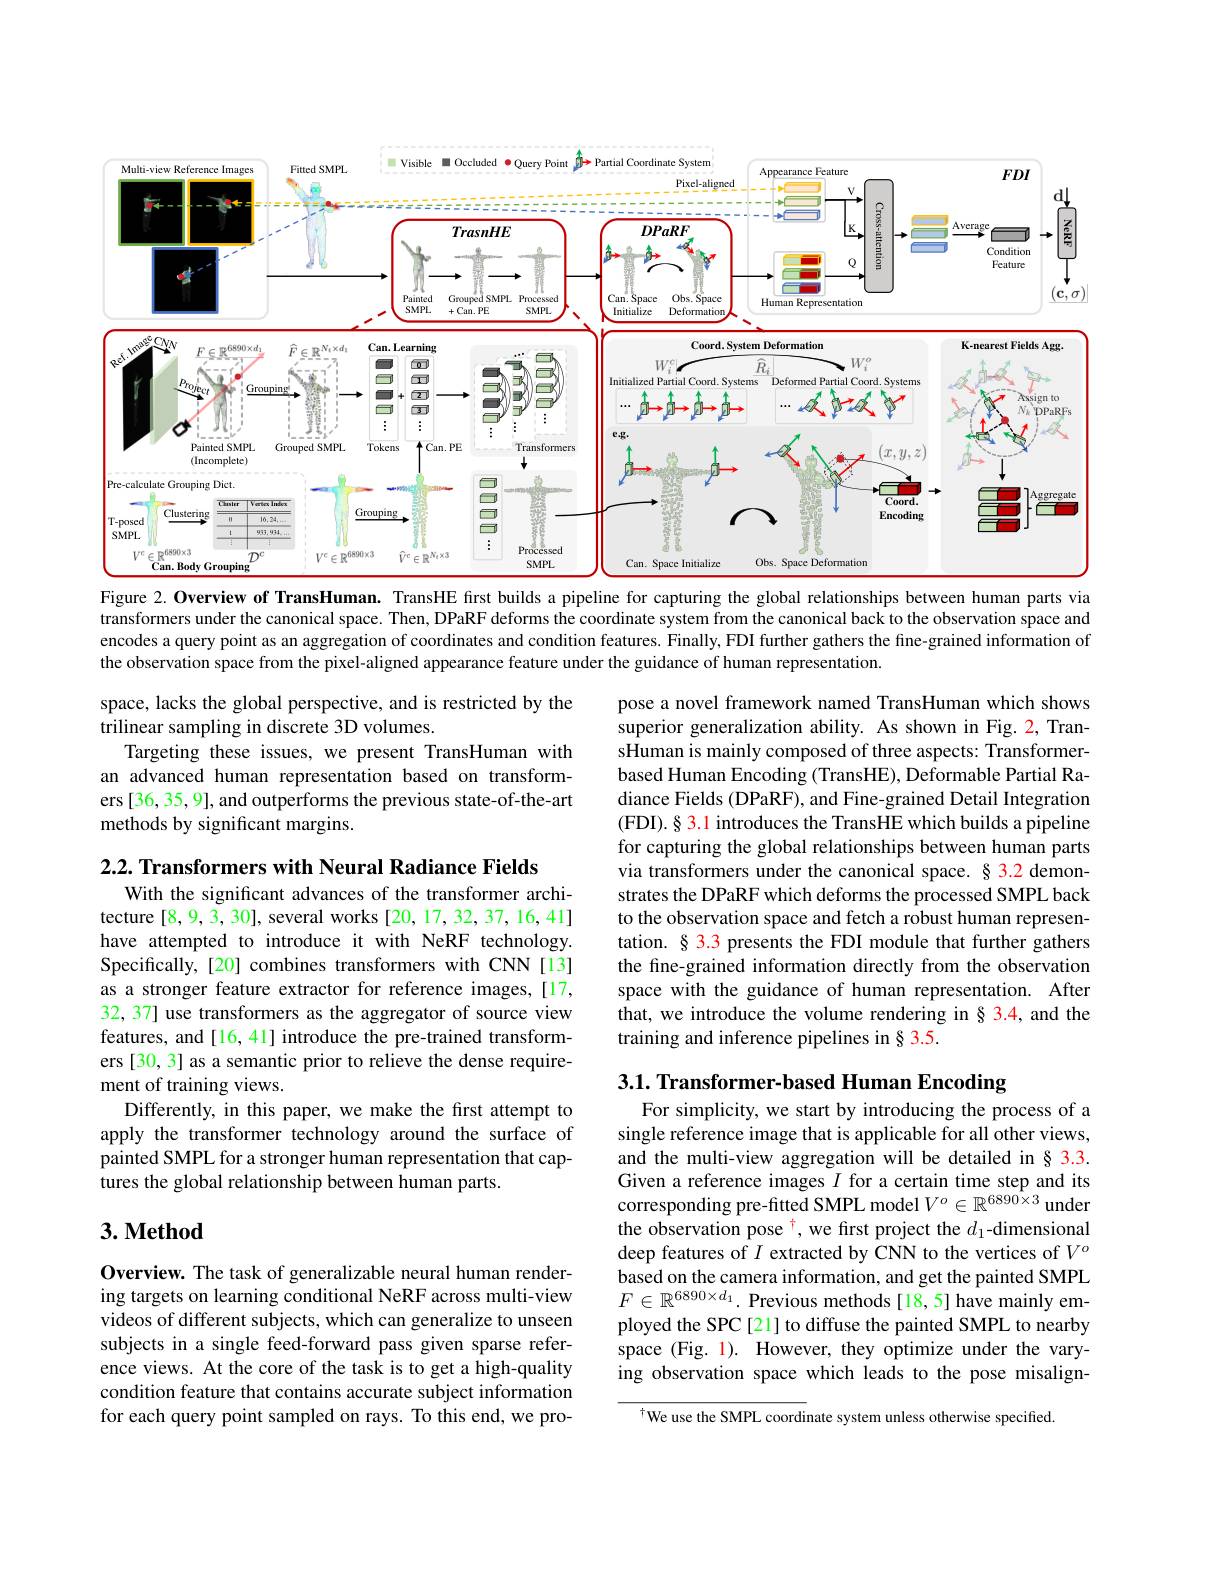
<FigureHere>
Figure 2. Overview of TransHuman. TransHE first builds a pipeline for capturing the global relationships between human parts via

transformers under the canonical space. Then, DPaRF deforms the coordinate system from the canonical back to the observation space and encodes a query point as an aggregation of coordinates and condition features. Finally, FDI further gathers the fine-grained information of the observation space from the pixel-aligned appearance feature under the guidance of human representation

space, lacks the global perspective, and is restricted by the
trilinear sampling in discrete 3D volumes.
Targeting these issues, we present TransHuman with an advanced human representation based on transformers [36, 35, 9], and outperforms the previous state-of-the-art methods by significant margins.

pose a novel framework named TransHuman which shows superior generalization ability. As shown in Fig. 2, TransHuman is mainly composed of three aspects: Transformerbased Human Encoding (TransHE), Deformable Partial Radiance Fields (DPaRF), and Fine-grained Detail Integration (FDI) . § 3. 1 introduces the TransHE which builds a pipeline for capturing the global relationships between human parts via transformers under the canonical space. § 3.2 demonstrates the DPaRF which deforms the processed SMPL back to the observation space and fetch a robust human representation. § 3.3 presents the FDI module that further gathers the fine-grained information directly from the observation space with the guidance of human representation. After that, we introduce the volume rendering in § 3.4, and the training and inference pipelines in § 3.5.

$2. 2. \textbf{ Transformers with Neural Radiance Fields}$
With the significant advances of the transformer architecture [8,9,3,30],several works [20,17,32,37,16,41] have attempted to introduce it with NeRF technology. Specifically, [20] combines transformers with CNN[13] as a stronger feature extractor for reference images,[17, 32, 37] use transformers as the aggregator of source view features, and[16,41] introduce the pre-trained transformers [30, 3] as a semantic prior to relieve the dense requirement of training views.
Differently, in this paper, we make the first attempt to apply the transformer technology around the surface of painted SMPL for a stronger human representation that captures the global relationship between human parts.

3.1. Transformer-based Human Encoding

## $3. \textbf{ Method}$

For simplicity, we start by introducing the process of a single reference image that is applicable for all other views, and the multi-view aggregation will be detailed in§ 3.3. Given a reference images $I$ for a certain time step and its corresponding pre-fitted SMPL model $V^o\in\mathbb{R}^{6890\times3}$ under the observation pose $^{\dagger}$, we first project the $d_1$-dimensional deep features of $I$ extracted by CNN to the vertices of $V^o$ based on the camera information, and get the painted SMPL $F\in\mathbb{R}^{6890\times d_1}.$ Previous methods[18,5] have mainly employed the SPC[21] to diffuse the painted SMPL to nearby space (Fig. 1). However, they optimize under the varying observation space which leads to the pose misalign-

Overview. The task of generalizable neural human rendering targets on learning conditional NeRF across multi-view videos of different subjects, which can generalize to unseen subjects in a single feed-forward pass given sparse reference views. At the core of the task is to get a high-quality condition feature that contains accurate subject information for each query point sampled on rays. To this end, we pro-

$^{\dagger}$We use the SMPL coordinate system unless otherwise specified.